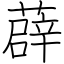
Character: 薜